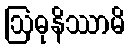
ဩဓုနိဿာမိ